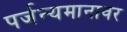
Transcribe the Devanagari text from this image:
पर्जन्यमानावर